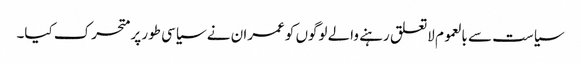
سیاست سے بالعموم لاتعلق رہنے والے لوگوں کو عمران نے سیاسی طور پر متحرک کیا۔